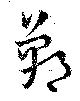
鄲